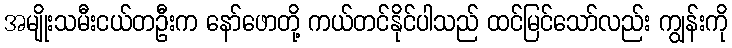
အမျိုးသမီးငယ်တဦးက နော်ဖောတို့ ကယ်တင်နိုင်ပါသည် ထင်မြင်သော်လည်း ကျွန်းကို